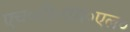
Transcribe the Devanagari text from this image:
एच०टी०एम०एल०